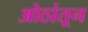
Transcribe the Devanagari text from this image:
ओठांतून